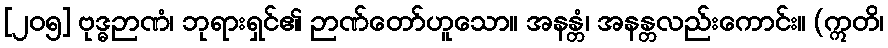
[၂၀၅] ဗုဒ္ဓဉာဏံ၊ ဘုရားရှင်၏ ဉာဏ်တော်ဟူသော။ အနန္တံ၊ အနန္တလည်းကောင်း။ (ဣတိ၊